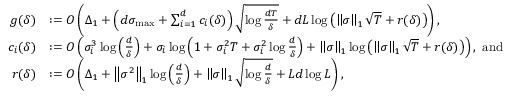
\begin{array} { r l } { g ( \delta ) } & { : = O \left( \Delta _ { 1 } + \left( d \sigma _ { \operatorname* { m a x } } + \sum _ { i = 1 } ^ { d } c _ { i } ( \delta ) \right) \sqrt { \log \frac { d T } { \delta } } + d L \log \left( \left\Vert \sigma \right\Vert _ { 1 } \sqrt { T } + r ( \delta ) \right) \right) , } \\ { c _ { i } ( \delta ) } & { : = O \left( \sigma _ { i } ^ { 3 } \log \left( \frac { d } { \delta } \right) + \sigma _ { i } \log \left( 1 + \sigma _ { i } ^ { 2 } T + \sigma _ { i } ^ { 2 } \log \frac { d } { \delta } \right) + \left\Vert \sigma \right\Vert _ { 1 } \log \left( \left\Vert \sigma \right\Vert _ { 1 } \sqrt { T } + r ( \delta ) \right) \right) , \mathrm { ~ a n d ~ } } \\ { r ( \delta ) } & { : = O \left( \Delta _ { 1 } + \left\Vert \sigma ^ { 2 } \right\Vert _ { 1 } \log \left( \frac { d } { \delta } \right) + \left\Vert \sigma \right\Vert _ { 1 } \sqrt { \log \frac { d } { \delta } } + L d \log L \right) , } \end{array}